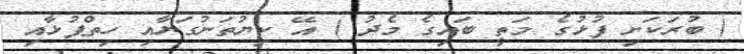
( ބުރަކަށި ފުޅުގެ މަތީ ބައިގެ މެދު ) އޭ ކިޔުތަނުގަޔާއި ހިތްޕުޅާއި